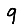
Digit: 9